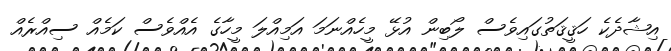
އިޝާދެކެ ހަޤީޤަތުގައިވެސް ލޯބިން އުޅޭ މީހެއްނަމަ އަމިއްލަ މީހާގެ އެއްވެސް ކަމެއް ސިއްރެއް